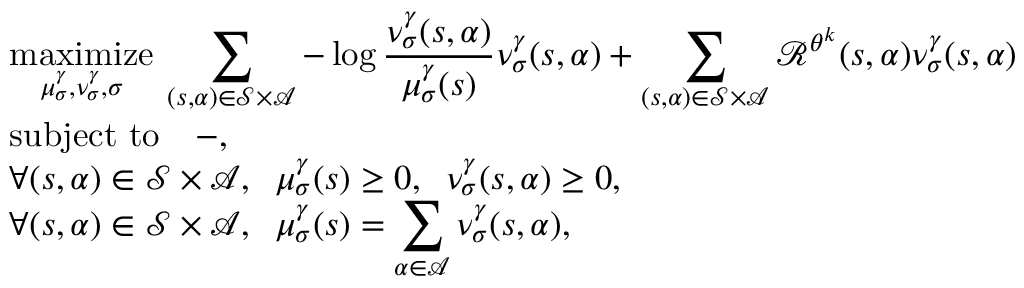
\begin{array} { r l } & { \displaystyle \underset { \mu _ { \sigma } ^ { \gamma } , \nu _ { \sigma } ^ { \gamma } , \sigma } { \mathrm { m a x i m i z e } } \: \sum _ { ( s , \alpha ) \in \mathcal { S } \times \mathcal { A } } - \log \frac { \nu _ { \sigma } ^ { \gamma } ( s , \alpha ) } { \mu _ { \sigma } ^ { \gamma } ( s ) } \nu _ { \sigma } ^ { \gamma } ( s , \alpha ) + \sum _ { ( s , \alpha ) \in \mathcal { S } \times \mathcal { A } } \mathcal { R } ^ { \theta ^ { k } } ( s , \alpha ) \nu _ { \sigma } ^ { \gamma } ( s , \alpha ) } \\ & { \displaystyle \mathrm { s u b j e c t \ t o } \quad - , } \\ & { \displaystyle \forall ( s , \alpha ) \in \mathcal { S } \times \mathcal { A } , \; \; \mu _ { \sigma } ^ { \gamma } ( s ) \geq 0 , \; \; \nu _ { \sigma } ^ { \gamma } ( s , \alpha ) \geq 0 , } \\ & { \displaystyle \forall ( s , \alpha ) \in \mathcal { S } \times \mathcal { A } , \; \; \mu _ { \sigma } ^ { \gamma } ( s ) = \sum _ { \alpha \in \mathcal { A } } \nu _ { \sigma } ^ { \gamma } ( s , \alpha ) , } \end{array}